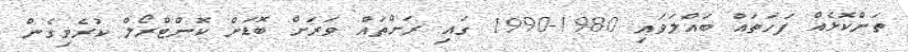
ތަންކޮޅެއް ފަހަތައް ބައްލަވައި 1980-1990 ގައި ރަށްތައް ވަރަށް ބޮޑަށް ކޮންޓްރޯލް ކުރެވިގެން